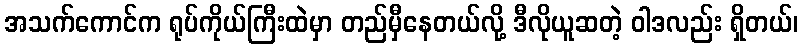
အသက်ကောင်က ရုပ်ကိုယ်ကြီးထဲမှာ တည်မှီနေတယ်လို့ ဒီလိုယူဆတဲ့ ဝါဒလည်း ရှိတယ်၊